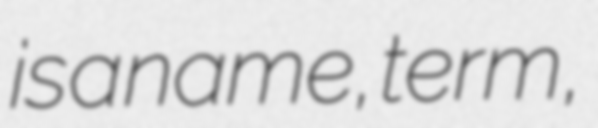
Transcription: is a name, term,